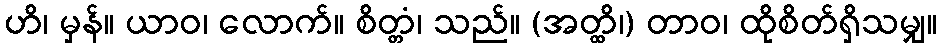
ဟိ၊ မှန်။ ယာဝ၊ လောက်။ စိတ္တံ၊ သည်။ (အတ္ထိ၊) တာဝ၊ ထိုစိတ်ရှိသမျှ။